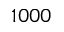
1 0 0 0